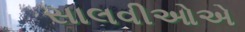
સાલવીઓએ